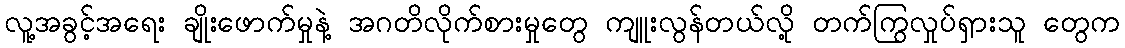
လူ့အခွင့်အရေး ချိုးဖောက်မှုနဲ့ အဂတိလိုက်စားမှုတွေ ကျူးလွန်တယ်လို့ တက်ကြွလှုပ်ရှားသူ တွေက